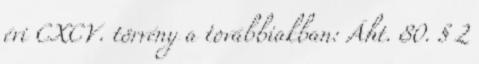
évi CXCV. törvény a továbbiakban: Áht. 80. § 2